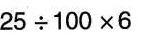
$$25\div100\times